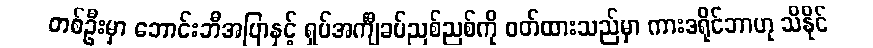
တစ်ဦးမှာ ဘောင်းဘီအပြာနှင့် ရှပ်အင်္ကျီခပ်ညစ်ညစ်ကို ဝတ်ထားသည်မှာ ကားဒရိုင်ဘာဟု သိနိုင်